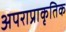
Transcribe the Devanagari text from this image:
अपराप्राकृतिक